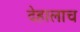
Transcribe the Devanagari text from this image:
देहालाच